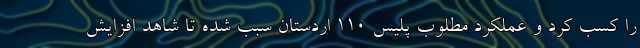
را کسب کرد و عملکرد مطلوب پلیس ۱۱۰ اردستان سبب شده تا شاهد افزایش